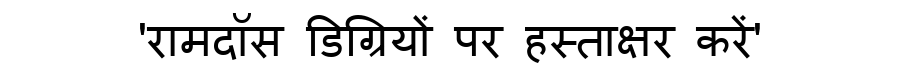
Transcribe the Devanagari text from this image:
'रामदॉस डिग्रियों पर हस्ताक्षर करें'